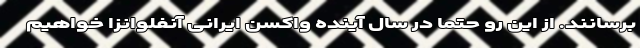
برسانند. از این رو حتماً در سال آینده واکسن ایرانی آنفلوانزا خواهیم